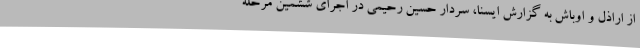
از اراذل و اوباش به گزارش ایسنا، سردار حسین رحیمی در اجرای ششمین مرحله